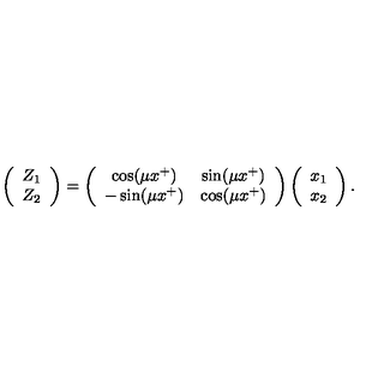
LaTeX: \left( \begin{array} { c } { Z _ { 1 } } \\ { Z _ { 2 } } \\ \end{array} \right) = \left( \begin{array} { c c } { \cos ( \mu x ^ { + } ) } & { \sin ( \mu x ^ { + } ) } \\ { - \sin ( \mu x ^ { + } ) } & { \cos ( \mu x ^ { + } ) } \\ \end{array} \right) \left( \begin{array} { c } { x _ { 1 } } \\ { x _ { 2 } } \\ \end{array} \right) .